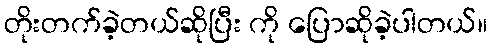
တိုးတက်ခဲ့တယ်ဆိုပြီး ကို ပြောဆိုခဲ့ပါတယ်။